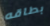
بطاقه